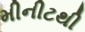
મીનીટથી